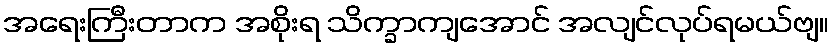
အရေးကြီးတာက အစိုးရ သိက္ခာကျအောင် အလျင်လုပ်ရမယ်ဗျ။